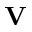
{ \mathbf V }